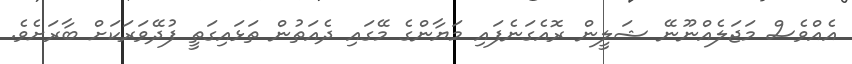
އެއްވެސް މަޖަލެއްނޫނޭ ޝަލީން ރޮއެގަނެފައި މަޔާންގެ މޭގައި ދެއަތުން ތަޅައިގަތީ ފުދޭވަރަކަށް ބާރަށެވެ.